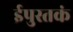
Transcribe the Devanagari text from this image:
ईपुस्तकं